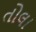
તોલા